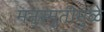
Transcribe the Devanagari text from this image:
मनुस्मृतीमुळे